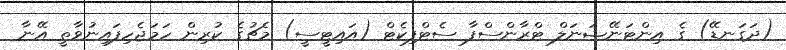
(ދަގަނޑޭ) ގެ އިންޓަނޭޝަނަލް ޓްރާންސްފާ ސެޓްފިކެޓް (އައިޓީސީ) މެޗުގެ ކުރިން ހަމަޖެހިފައިނުވާތީ އޭނާ